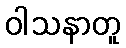
ဝါသနာတူ